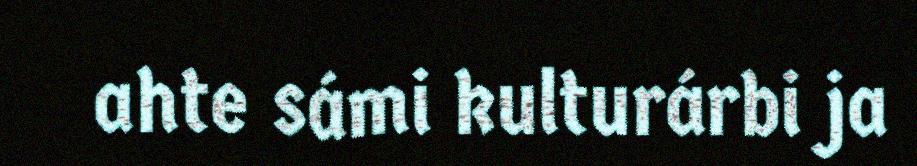
ahte sámi kulturárbi ja